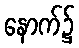
နောက်၌